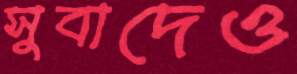
সুবাদেও